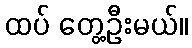
ထပ် တွေ့ဦးမယ်။